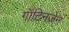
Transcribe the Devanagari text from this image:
गॉटिनज़ेन